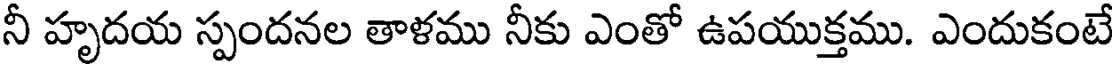
నీ హృదయ స్పందనల తాళము నీకు ఎంతో ఉపయుక్తము. ఎందుకంటే